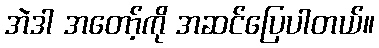
အဲဒါ အတော့်ကို အဆင်ပြေပါတယ်။